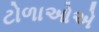
ટોળાઓએ